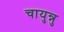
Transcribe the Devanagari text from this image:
चायुन्नु